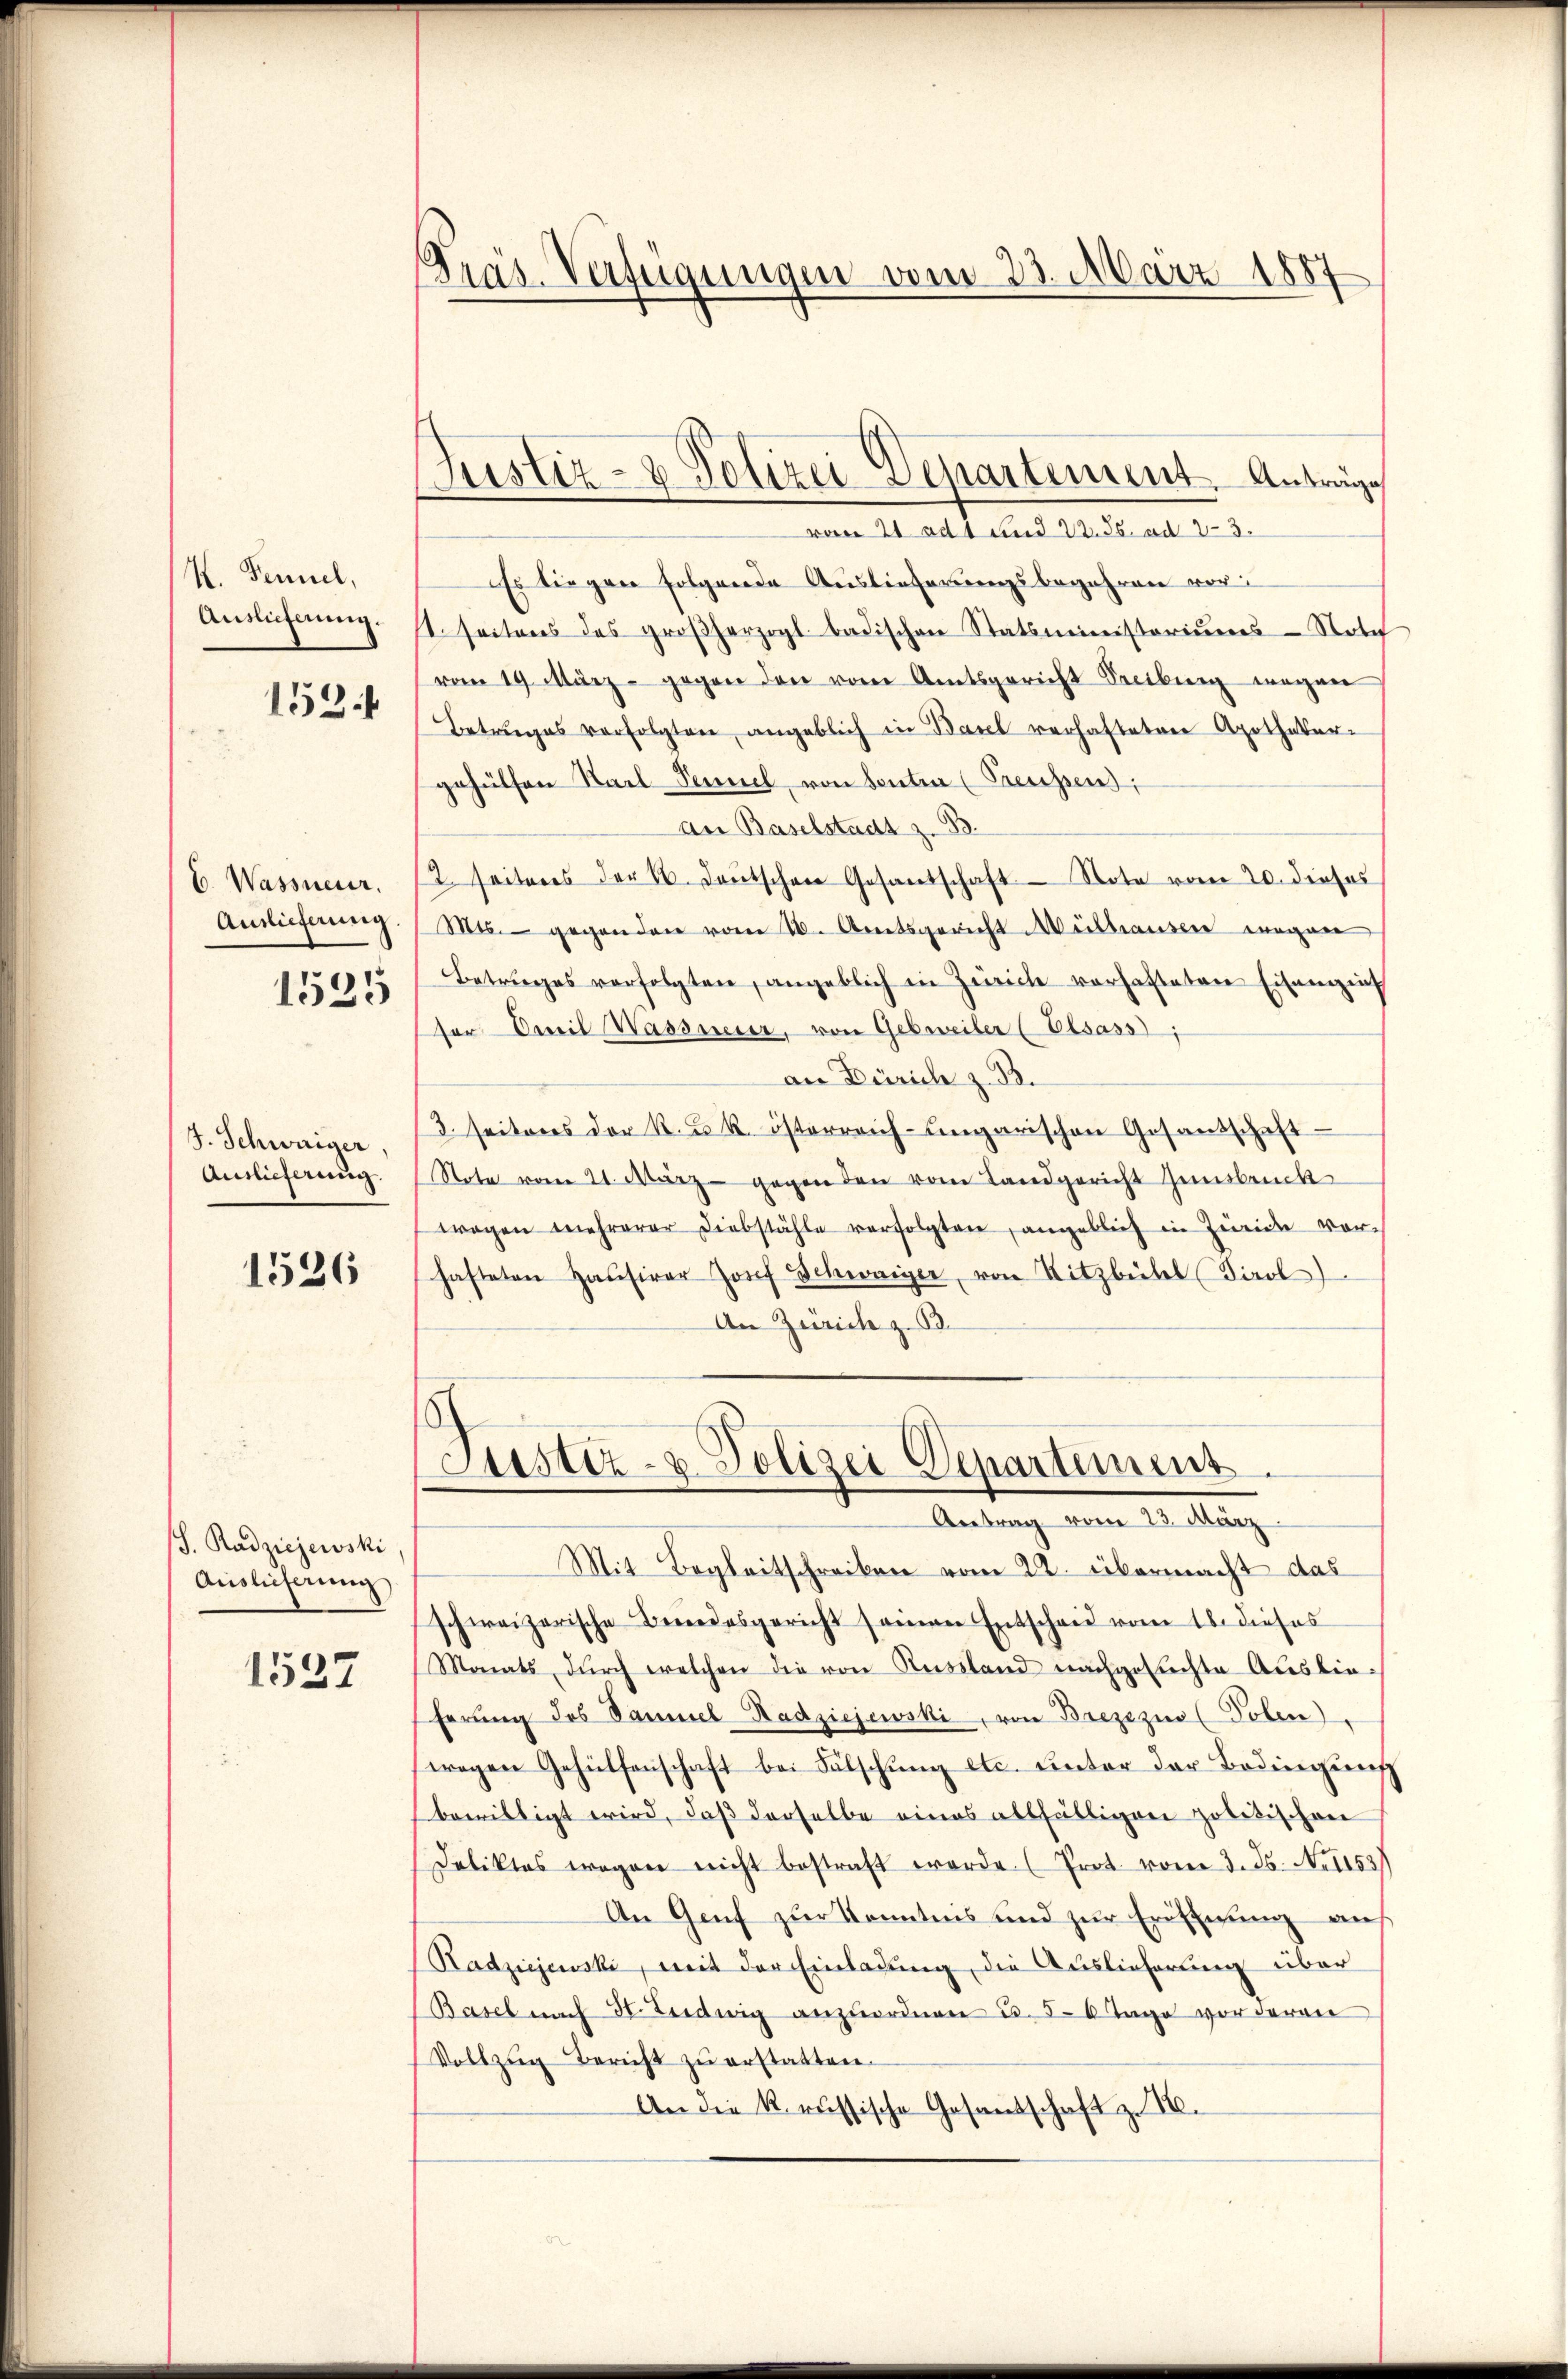
H. Fennel,
Auslieferung.

153

C. Wassneur.
Auslieferung.
1525

J. Schwaiger.
Auslieferung.

1526

S. Radziejewski
Auslieferung

1527

Tras. Verfügungen vom 23. März 1887

Justiz- & Polizei Departement. Anträge

vom 21 ad 1 und 22. 55. ad 23.
Es liegen folgende Auslieferungsbegehren vor
t. seitens des großherzogl. badischen Statsministoriŭms Nota
vom 19. März - gegen den vom Amtsgericht Seetberg wegen
Betruges verfolgten angeblich in Basel verhafteten Apotheker-
gehülfen Karl Samuel, von Senten (Preussen:
an Baselstadt z. B.
/2 seiteres der 4. deŭtschen Gesantschaft Note vom 20. dieses
Mts. gegenden vom 20. Anetsgericht Methausen mögen
Betruges verfolgten, angeblich in Zürich vorhafteten Eisenzins
ser Civil Wassneier, von Gebreiter (Elsass);
an Zürich z. B.
3. seiteres der R. u. R. österreich-ungarischen Gesandschaft
Note vom 21. März - gegen den vom Landgericht Innsbruck
wagen mehrerer Diebstähle verfolgten, angeblief in Zweide vor-
hafteten Haŭsirer Josef Schwager, von Sitzbühel (Tirol
An Zürich z. B.

Justiz- & Polizei Departement.
Antrag vom 23. März

Mit Begleitschreiben vom 22. übermacht das
schweizerische Beredesgericht seinen Entscheid vom 16. dieses
Monats dŭrch welchen die von Russland nachgesuchte Auslieherung des Samuel Hadziejewski, von Brezizin (Polen.
wregen Gehülfenschaft bei Fälschung etc. unter der Bedingung
bewilligt wird, daß derselbe eines allfälligen politischen
Deliktes wegen nicht bestraft werde (Prot. vom 3. ds. N. 1153.
An Genf zur Kenntens und zur Eröffnung an
Radziejewski, mit der Einladung, die Auslieferung über
Basel nach St. Ludwig anzŭordnen u. 5-6 Tage vor deren
Vollzŭg Bericht zŭ erstatten.
An die k. russische Gesandschaft z. B.